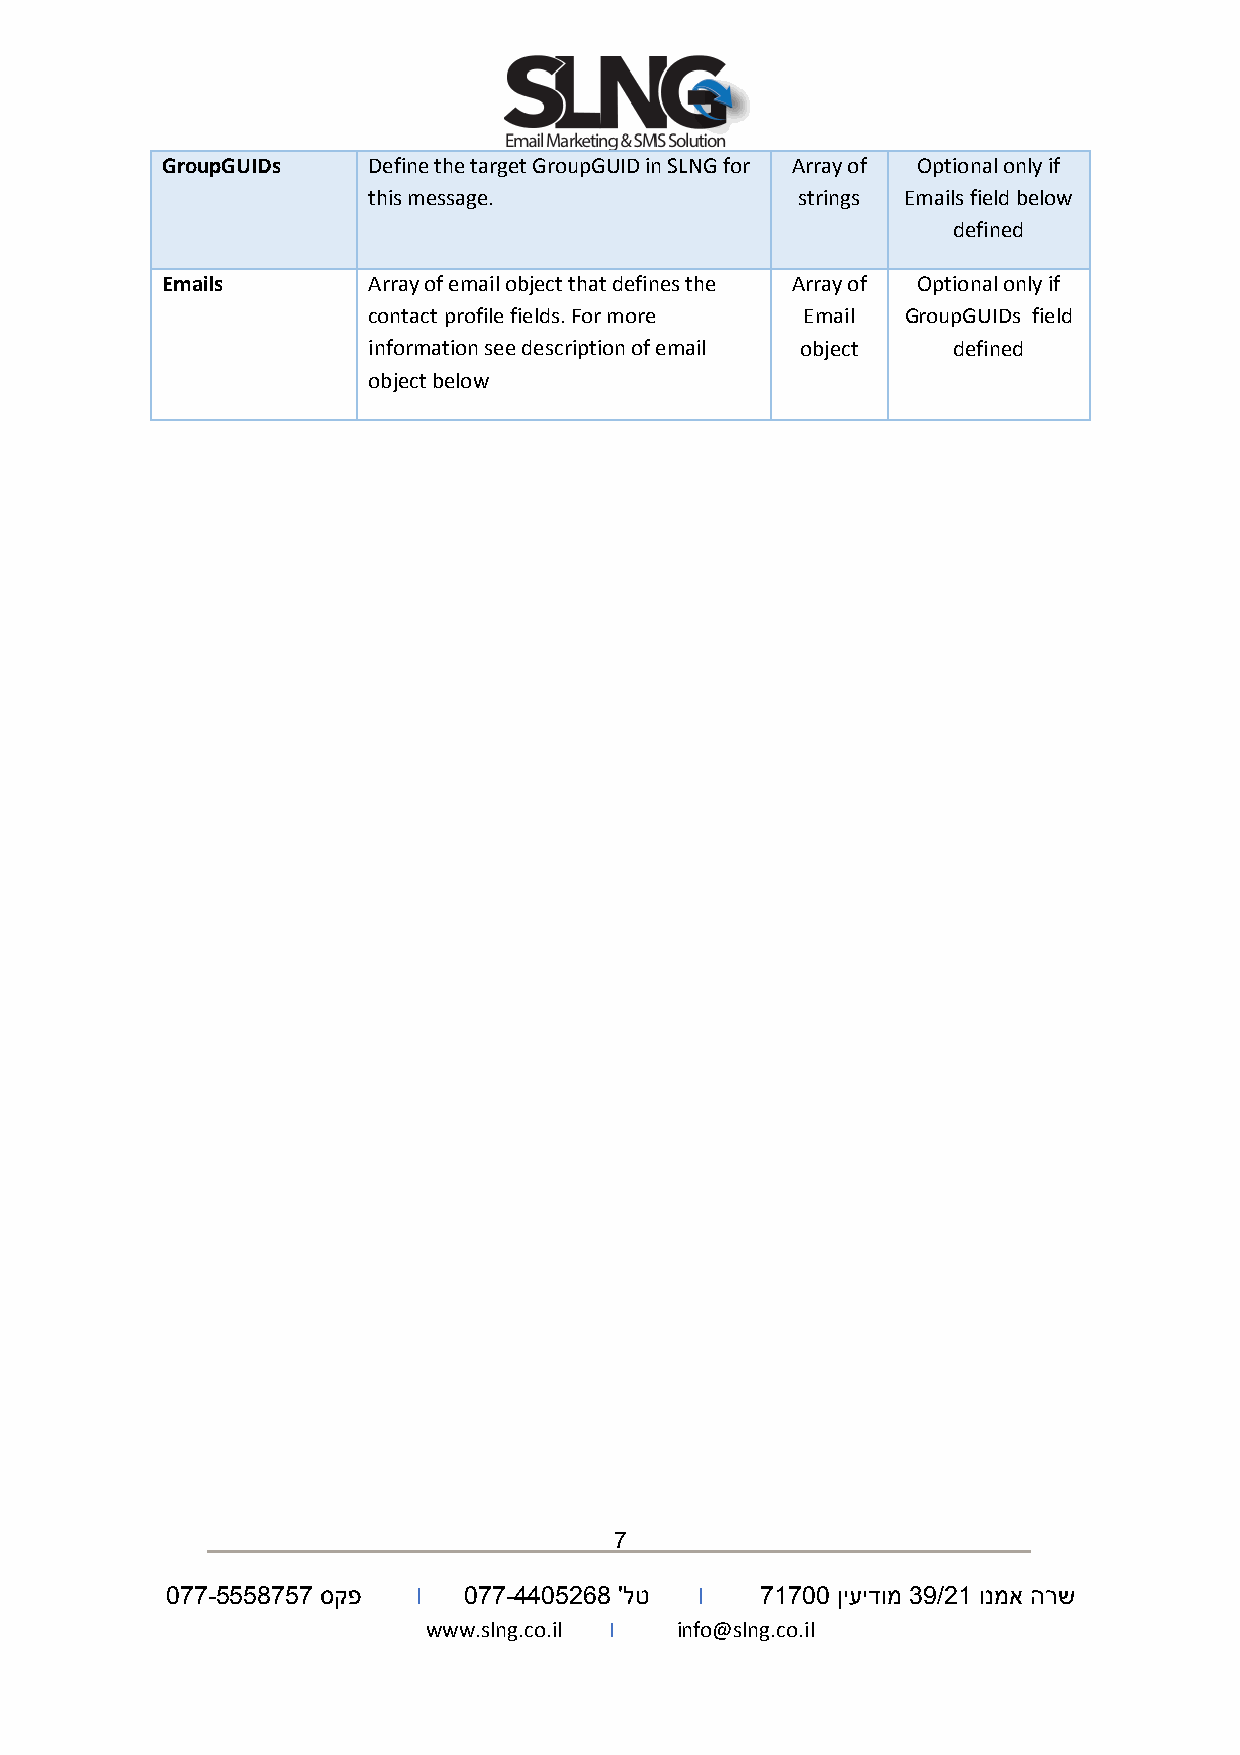
GroupGUIDs   Define the target GroupGUID in SLNG for Array of Optional only if
 this message.                strings Emails field below
 defined
 Emails       Array of email object that defines the Array of Optional only if
 contact profile fields. For more Email GroupGUIDs field
 information see description of email object defined
 object below
 7
 077-5558757 סקפ  I  077-4405268 'לט I  71700 ןיעידומ 39/21 ונמא הרש
 www.slng.co.il I info@slng.co.il